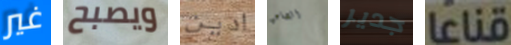
غير ويصبح ادين الصاعق جدير قناعا